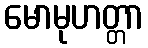
မောမုဟတ္တာ